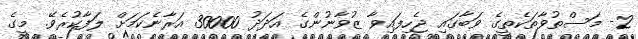
2- މަސްތުވާތަކެތީގެ ވަބާގައި ޖެހިފައިވާ ޒުވާނުންގެ އަދަދު 30000 އަރާނެކަމަށް ލަފާކުރެވޭ. މީގެ